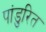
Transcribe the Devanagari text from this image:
पांडुरित